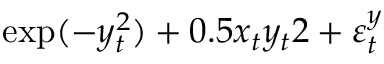
\exp ( - y _ { t } ^ { 2 } ) + { 0 . 5 x _ { t } y _ { t } } { 2 } + \varepsilon _ { t } ^ { y }